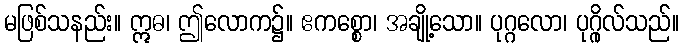
မဖြစ်သနည်း။ ဣဓ၊ ဤလောက၌။ ဧကစ္စော၊ အချို့သော။ ပုဂ္ဂလော၊ ပုဂ္ဂိုလ်သည်။